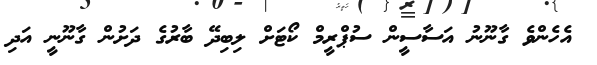
އެހެންވެ ގާނޫނު އަސާސީން ސުޕްރީމް ކޯޓަށް ލިބިދޭ ބާރުގެ ދަށުން ގާނޫނީ އަދި